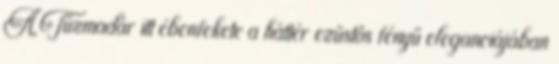
A Tűzmadár itt ébenfekete a háttér ezüstös fényű eleganciájában